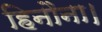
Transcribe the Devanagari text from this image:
हिनौना।